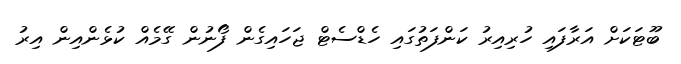
ބޫޓަކަށް އަރާފައި ހުރިއިރު ކަންފަތުގައި ހެޑްސެޓް ޖަހައިގެން ފޯނުން ގޭމެއް ކުޅެންއިން އިރު